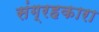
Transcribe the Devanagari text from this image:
संग्रहकारा